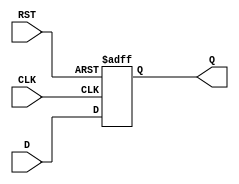
module stage_register #(
    parameter WIDTH = 8 // Define the width of the data input/output
)(
    input wire [WIDTH-1:0] D,    // Data input
    input wire CLK,                // Clock input
    input wire RST,                // Reset input
    output reg [WIDTH-1:0] Q       // Data output
);

// Always block triggered on the rising edge of the clock or on the reset
always @(posedge CLK or posedge RST) begin
    if (RST) begin
        Q <= {WIDTH{1'b0}};        // Reset output to zero
    end else begin
        Q <= D;                   // Capture input data on clock edge
    end
end

endmodule